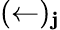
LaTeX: (\leftarrow)_{\mathbf{j}}